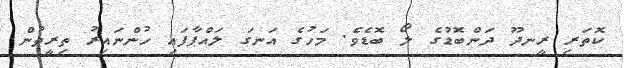
ކޮތަރި ރީނދޫ ދަންބޮޑުގެ ލޯ ބޮޑެވެ. މަހުގެ އަނގަ ލައްޕާފައި ހުންނައިރު ތިރީތުން